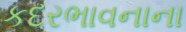
કદરભાવનાના